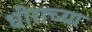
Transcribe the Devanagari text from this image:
धीराच्या